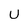
Character: u